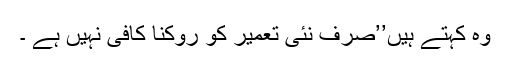
وہ کہتے ہیں’’صرف نئی تعمیر کو روکنا کافی نہیں ہے ۔